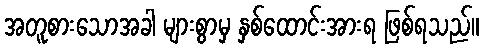
အတူစားသောအခါ များစွာမှ နှစ်ထောင်းအားရ ဖြစ်ရသည်။